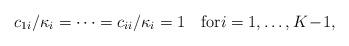
LaTeX: \begin{align*}c_{1i}/\kappa_i=\dots=c_{ii}/\kappa_i=1 \quad\textrm{for}i=1,\dots,K\!-\!1,\end{align*}